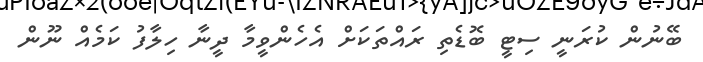
ބޭނުން ކުރަނީ ސިޓީ ބޮޑެތި ރައްތަކަށް އެހެންވީމާ ދީނާ ހިލާފު ކަމެއް ނޫން